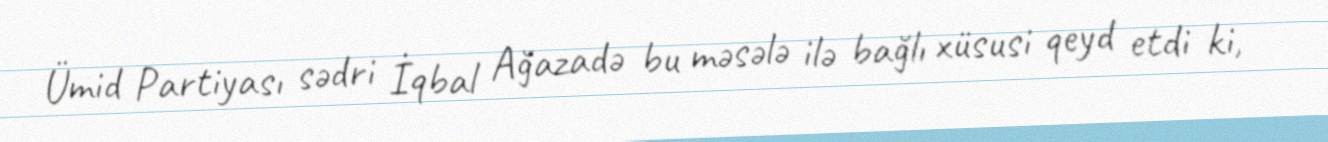
Ümid Partiyası sədri İqbal Ağazadə bu məsələ ilə bağlı xüsusi qeyd etdi ki,